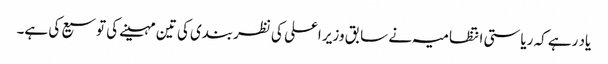
یاد رہے کہ ریاستی انتظامیہ نے سابق وزیر اعلی کی نظربندی کی تین مہینے کی توسیع کی ہے۔